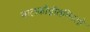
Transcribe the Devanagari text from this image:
बालकोद्गीतनिरतो